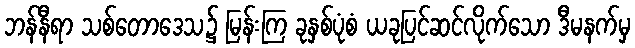
ဘန်နီရာ သစ်တောဒေသ၌ မြန်းကြ ခုနှစ်ပုံစံ ယခုပြင်ဆင်လိုက်သော ဒီမနက်မှ